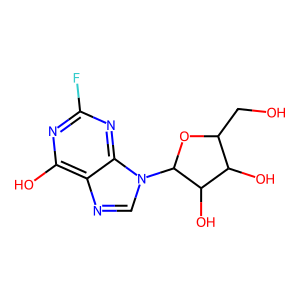
SMILES: OCC1OC(n2cnc3c(O)nc(F)nc32)C(O)C1O
Inhibits HIV replication: No